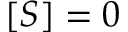
[ S ] = 0